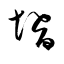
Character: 壻